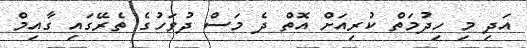
އަދި މި ހިދުމަތް ކުރިއަށް އޮތް ދެ މަސް ދުވަހުގެ ތެރޭގައި ގާއިމް